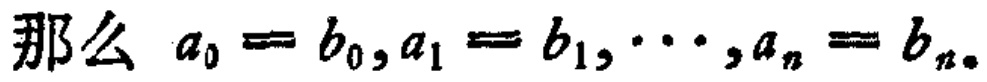
那么 \(a_0 = b_0, a_1 = b_1, \cdots, a_n = b_n\)。